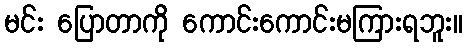
မင်း ပြောတာကို ကောင်းကောင်းမကြားရဘူး။